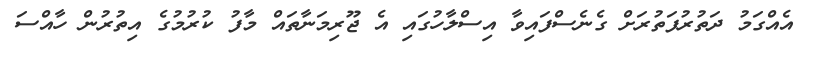
އެއްގަމު ދަތުރުފަތުރަށް ގެނެސްފައިވާ އިސްލާހުގައި އެ ޖޫރިމަނާތައް މާފު ކުރުމުގެ އިތުރުން ހާއްސަ